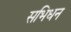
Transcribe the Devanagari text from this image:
सभिधन